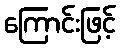
ကြောင်းဖြင့်